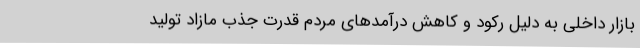
بازار داخلی به دلیل رکود و کاهش درآمدهای مردم قدرت جذب مازاد تولید